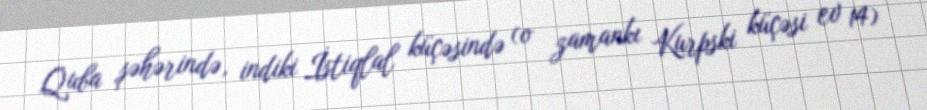
Quba şəhərində, indiki İstiqlal küçəsində (o zamankı Kurpski küçəsi ev 14)